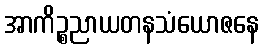
အာကိဉ္စညာယတနသံယောဇနေ